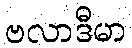
ဗလာဒီမာ